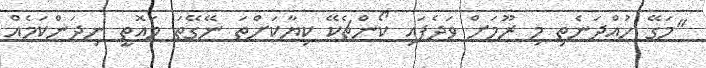
"މަގޭ ހުއްދަނެތި މި ރޫމަށް ވަދެފައި ކޯންޗެކޭ ކިޔާކަށްތަ ނޭގޭތަ މައޮތީ ނިދަންކަމެއް